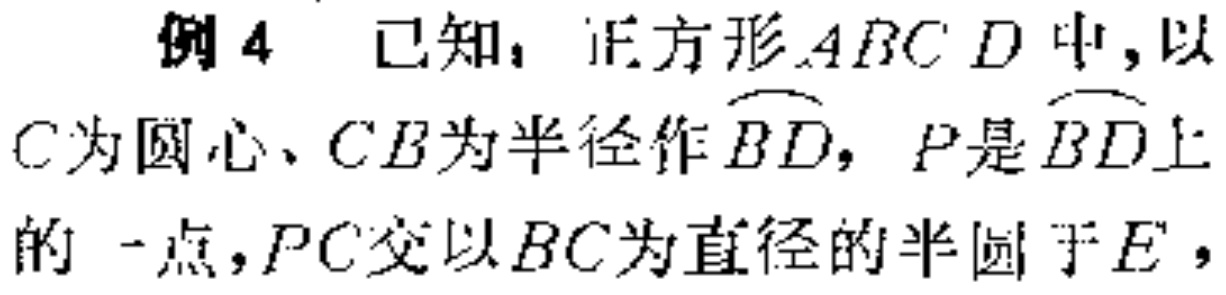
例4 已知，正方形\(ABCD\)中，以\(C\)为圆心、\(CB\)为半径作\(\overset{\frown}{BD}\)，\(P\)是\(\overset{\frown}{BD}\)上的一点，\(PC\)交以\(BC\)为直径的半圆于\(E\)，